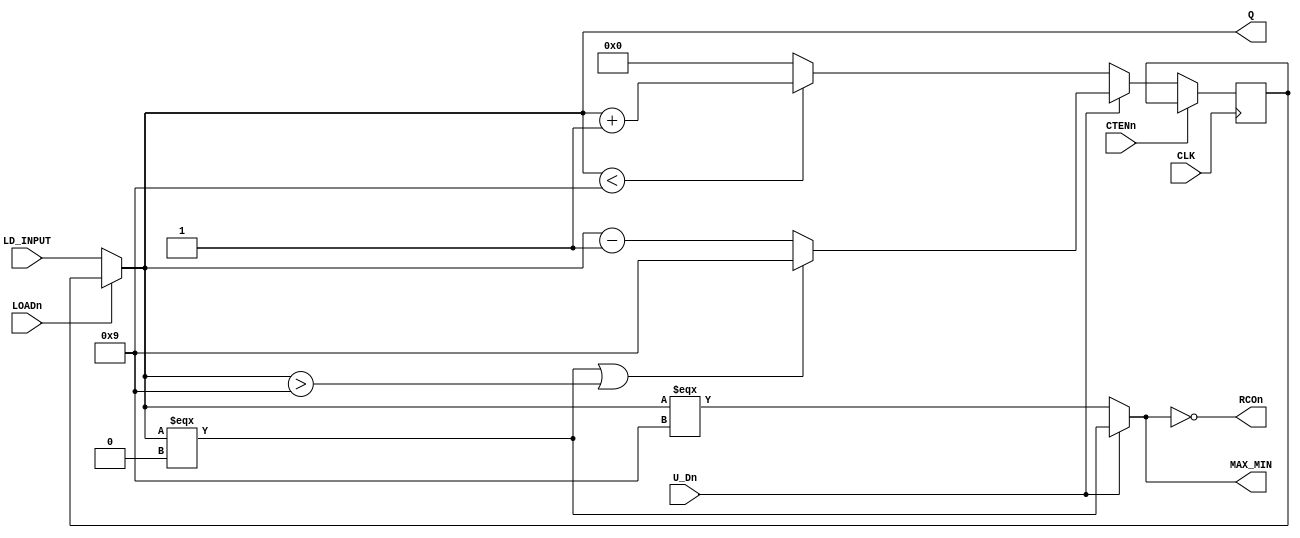
module dec_counter(CLK, LOADn, CTENn, U_Dn, LD_INPUT, MAX_MIN, RCOn, Q);
parameter N=4;
input CLK, LOADn, CTENn, U_Dn;
input [N-1:0] LD_INPUT;
output MAX_MIN, RCOn;
output [N-1:0] Q;

wire [N-1:0] Q;
reg [N-1:0] next_Q;
wire MAX_MIN;

assign MAX_MIN = (U_Dn) ? (Q === 4'b0000) : (Q === 4'b1001);
assign RCOn = !MAX_MIN;
assign Q = (LOADn) ? (next_Q) : (LD_INPUT);

always @(posedge CLK)
  if (!CTENn)
    if (U_Dn) 
      begin
        if (Q===4'b0000|Q>4'b1001) next_Q <= 4'b1001;
        else next_Q <= Q-1;
      end
    else
      begin
        if (Q<4'b1001) next_Q <= Q+1;
        else next_Q <= 4'b0000;
      end
endmodule